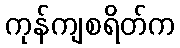
ကုန်ကျစရိတ်က